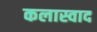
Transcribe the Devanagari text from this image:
कलास्वाद